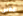
ريكس